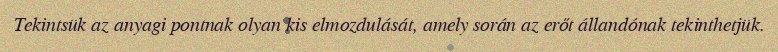
Tekintsük az anyagi pontnak olyan kis elmozdulását, amely során az erőt állandónak tekinthetjük.